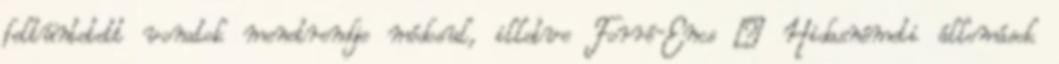
feltüntetett vonatok menetrendje módosul, illetve Forró-Encs – Hidasnémeti állomások